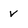
Character: v